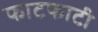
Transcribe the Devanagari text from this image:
फाटफाटी